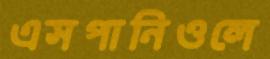
এসপানিওলে